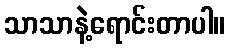
သာသာနဲ့ရောင်းတာပါ။